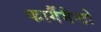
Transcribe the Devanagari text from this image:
कार्गैमैन्टो